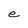
Character: e